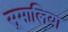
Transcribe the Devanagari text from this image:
सूमालिया